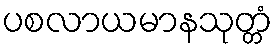
ပစလာယမာနသုတ္တံ